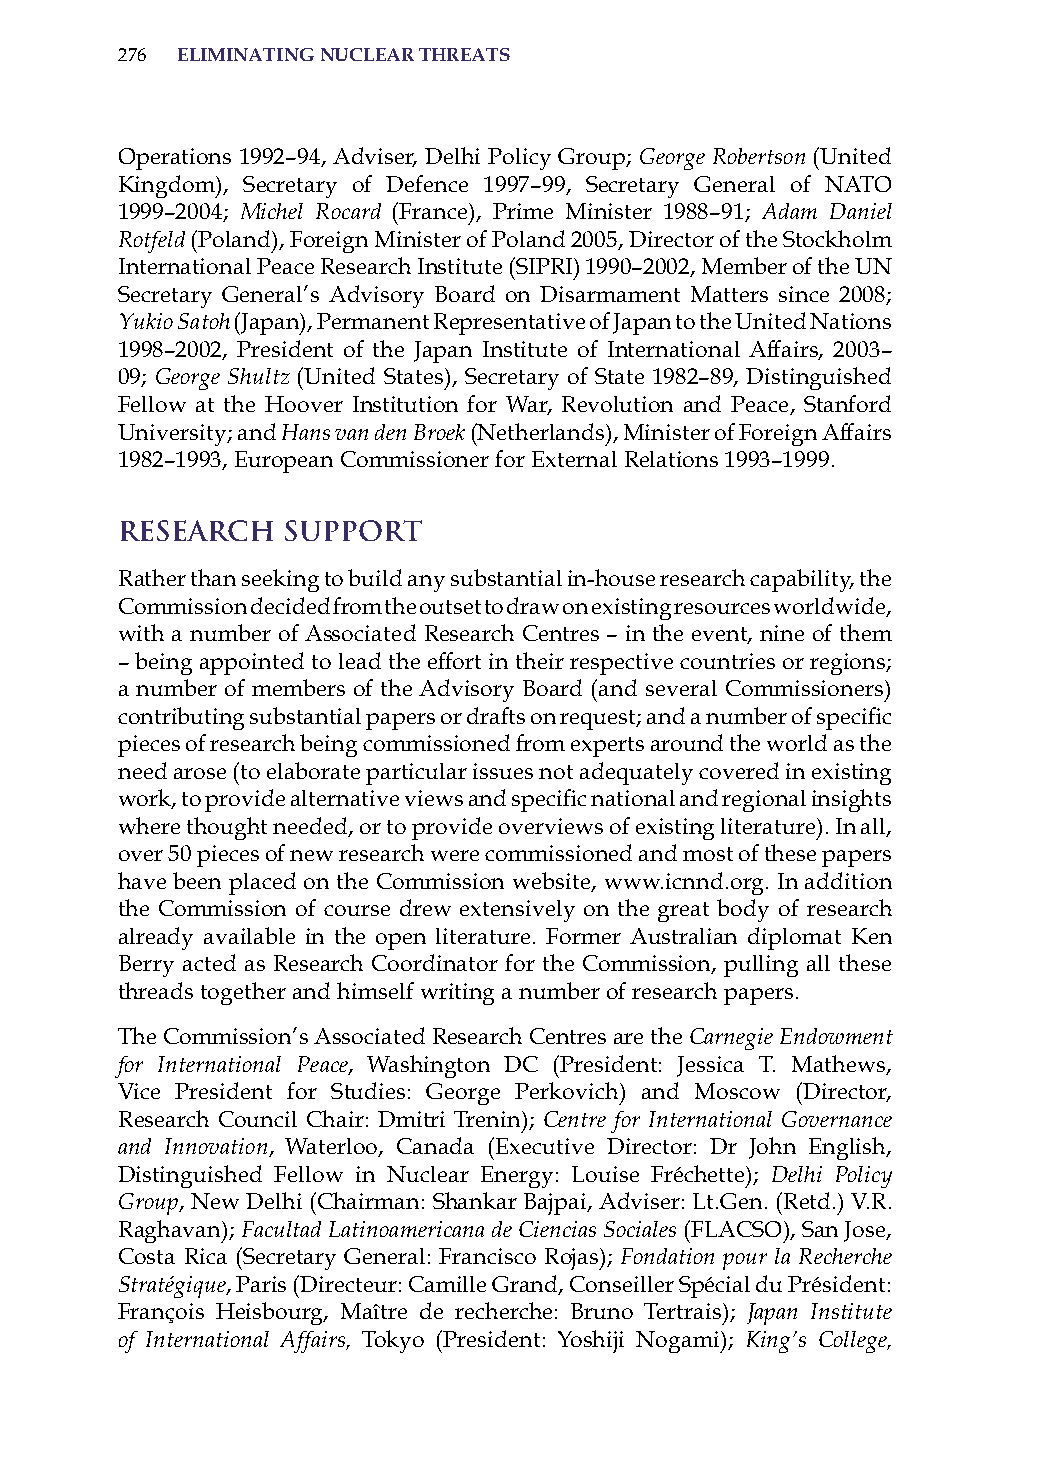
276 eliminatinG nuclear threats
 operations 1992–94, adviser, Delhi Policy Group; George Robertson (United
 Kingdom), secretary of Defence 1997–99, secretary General of NaTo
 1999–2004; Michel Rocard (France), Prime Minister 1988–91; Adam Daniel
 Rotfeld (Poland), Foreign Minister of Poland 2005, Director of the stockholm
 international Peace research institute (siPri) 1990–2002, Member of the UN
 secretary General’s advisory Board on Disarmament Matters since 2008;
 Yukio Satoh (Japan), Permanent representative of Japan to the United Nations
 1998–2002, President of the Japan institute of international affairs, 2003–
 09; George Shultz (United states), secretary of state 1982–89, Distinguished
 Fellow at the hoover institution for War, revolution and Peace, stanford
 University; and Hans van den Broek (Netherlands), Minister of Foreign affairs
 1982–1993, European Commissioner for External relations 1993–1999.
 Research   Support
 rather than seeking to build any substantial in-house research capability, the
 Commission decided from the outset to draw on existing resources worldwide,
 with a number of associated research Centres – in the event, nine of them
 – being appointed to lead the effort in their respective countries or regions;
 a number of members of the advisory Board (and several Commissioners)
 contributing substantial papers or drafts on request; and a number of specific
 pieces of research being commissioned from experts around the world as the
 need arose (to elaborate particular issues not adequately covered in existing
 work, to provide alternative views and specific national and regional insights
 where thought needed, or to provide overviews of existing literature). in all,
 over 50 pieces of new research were commissioned and most of these papers
 have been placed on the Commission website, www.icnnd.org. in addition
 the Commission of course drew extensively on the great body of research
 already available in the open literature. Former australian diplomat Ken
 Berry acted as research Coordinator for the Commission, pulling all these
 threads together and himself writing a number of research papers.
 The Commission’s associated research Centres are the Carnegie Endowment
 for International Peace, Washington DC (President: Jessica T. Mathews,
 Vice President for studies: George Perkovich) and Moscow (Director,
 research Council Chair: Dmitri Trenin); Centre for International Governance
 and Innovation, Waterloo, Canada (Executive Director: Dr John English,
 Distinguished Fellow in Nuclear Energy: Louise Fréchette); Delhi Policy
 Group, New Delhi (Chairman: shankar Bajpai, adviser: Lt.Gen. (retd.) V.r.
 raghavan); Facultad Latinoamericana de Ciencias Sociales (FLaCso), san Jose,
 Costa rica (secretary General: Francisco rojas); Fondation pour la Recherche
 Stratégique, Paris (Directeur: Camille Grand, Conseiller spécial du Président:
 François heisbourg, Maître de recherche: Bruno Tertrais); Japan Institute
 of International Affairs, Tokyo (President: Yoshiji Nogami); King’s College,